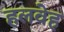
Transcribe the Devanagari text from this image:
हलवेह